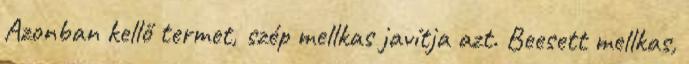
Azonban kellő termet, szép mellkas javítja azt. Beesett mellkas,